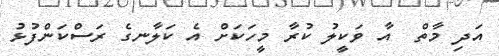
އަދި މާތް  އާ ވަކީލު ކުރާ މީހަކަށް އެ ކަލާނގެ ރަސްކަންފުޅު